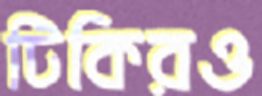
টিকিরও